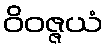
ဝိဝဇ္ဇယံ